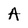
Character: A